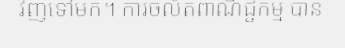
វិញទៅមក។ ការចល័តពាណិជ្ជកម្ម បាន